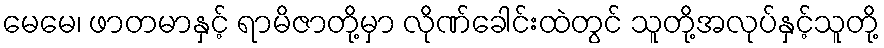
မေမေ၊ ဖာတမာနှင့် ရာမိဇာတို့မှာ လိုဏ်ခေါင်းထဲတွင် သူတို့အလုပ်နှင့်သူတို့